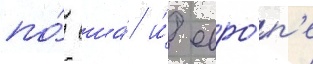
по́ сша́ и́ евро́п'е